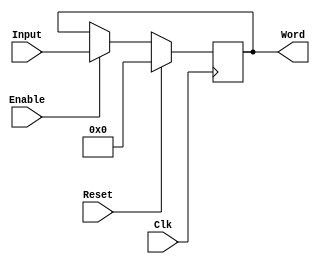
module Store_a_Word
  #(
      parameter bits = 16
   )
   (
      input wire Reset , Clk , Enable ,
      input wire [bits-1 : 0] Input ,
      output reg [bits-1 : 0] Word
   );

initial
  begin
  Word = 0;
  end

always @( posedge Clk )
  begin
    if( Reset == 1 )
      begin
      Word <= 0;
      end
    else if( Enable == 1 )
      begin
      Word <= Input;
      end
  end

endmodule